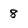
Character: 8